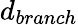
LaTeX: d_{branch}